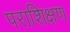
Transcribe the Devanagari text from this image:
पराशिक्षण